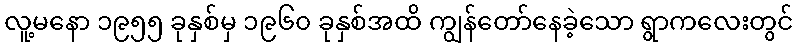
လူ့မနော ၁၉၅၅ ခုနှစ်မှ ၁၉၆၀ ခုနှစ်အထိ ကျွန်တော်နေခဲ့သော ရွာကလေးတွင်